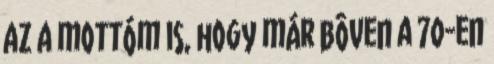
az a mottóm is, hogy már bôven a 70-en